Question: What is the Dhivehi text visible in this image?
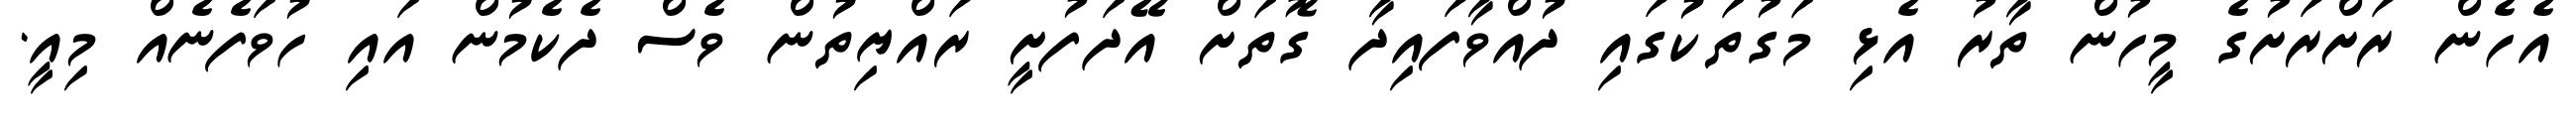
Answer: އެހެން ރަށްރަށުގެ މީހުން ތާރު އެޅި މަގުތަކުގައި ދުއްވާފައިދާ ގޮތަށް އޭދަފުށީ ރައްޔިތުން ވެސް ދެކެމުން އައި ހުވަފެނެއް މިއީ.